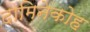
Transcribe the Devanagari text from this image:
दामिनेकोह